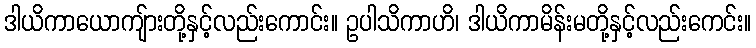
ဒါယိကာယောကျ်ားတို့နှင့်လည်းကောင်း။ ဥပါသိကာဟိ၊ ဒါယိကာမိန်းမတို့နှင့်လည်းကေင်း။